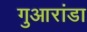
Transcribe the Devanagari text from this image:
गुआरांडा